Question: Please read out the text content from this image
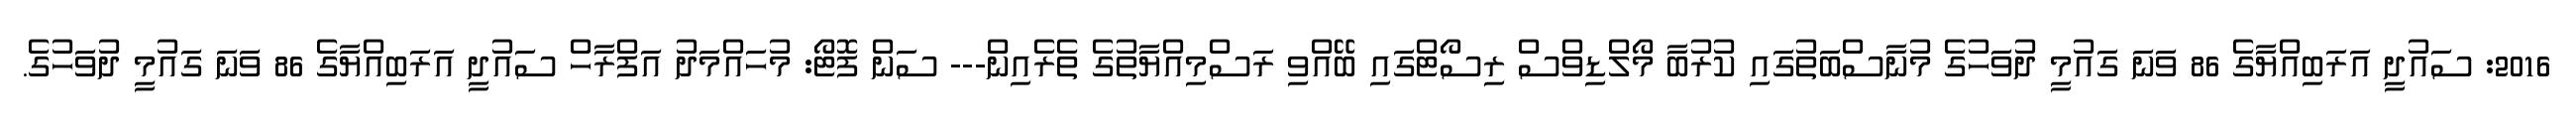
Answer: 2016: ސައުދީ އަރަބިއްޔާގެ 86 ވަނަ ގައުމީ ދުވަހުގެ މުނާސްބަތުގައި ކުރުބާ މޯލްޑިވްސް ރިސޯޓްގައި ބޭއްވި ރަސްމިއްޔާތުގެ ތެރެއިން--- ސަން ފޮޓޯ: މުހައްމަދު އަފްރާހް ސައުދީ އަރަބިއްޔާގެ 86 ވަނަ ގައުމީ ދުވަހުގެ.